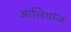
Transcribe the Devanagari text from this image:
आलियांज